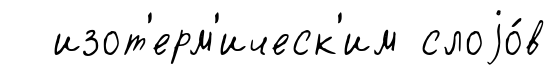
изот'ерм'ическ'им слоjо́в